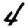
Digit: 4